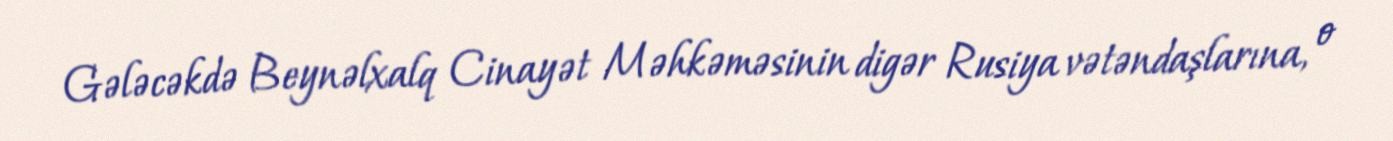
Gələcəkdə Beynəlxalq Cinayət Məhkəməsinin digər Rusiya vətəndaşlarına, o